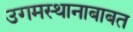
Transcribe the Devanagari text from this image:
उगमस्थानाबाबत